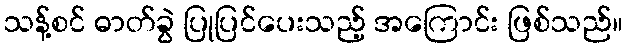
သန့်စင် ဓာတ်ခွဲ ပြုပြင်ပေးသည့် အကြောင်း ဖြစ်သည်။